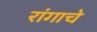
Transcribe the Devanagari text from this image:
रांगाचे